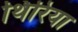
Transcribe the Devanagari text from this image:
थिरिया